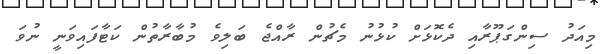
މިއަދު ސިންގަޕޫރާއި ދެކޮޅަށް ކުޅުނު މެޗުން ރާއްޖެ ބަލިވެ މުބާރާތުން ކަޓާފައިވަނީ ނުވަ